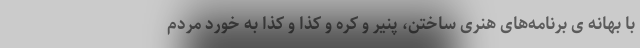
با بهانه ی برنامه‌های هنری ساختن، پنیر و کره و کذا و کذا به خورد مردم